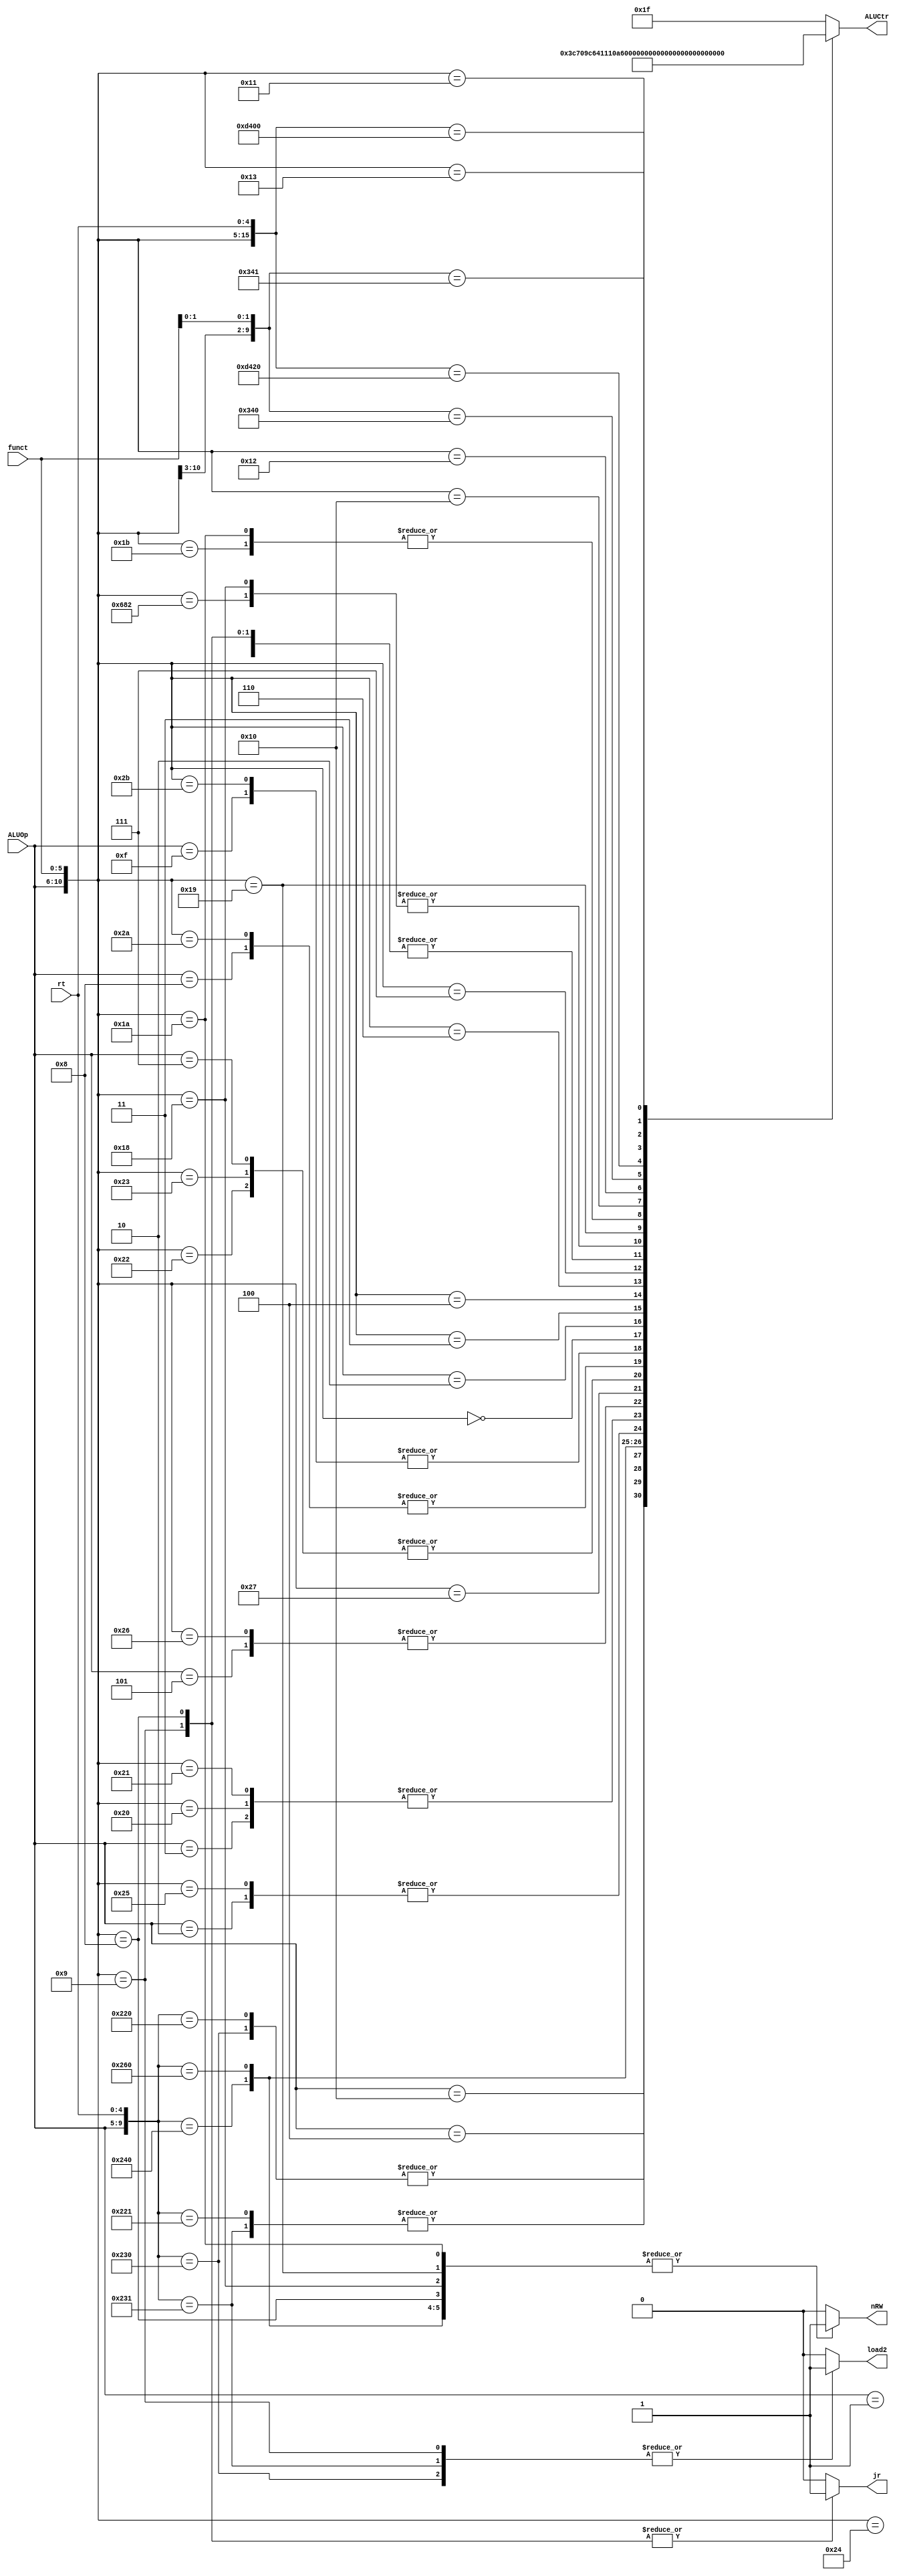

`timescale 1ns / 1ps
module aluctr(
input [4:0] ALUOp, 
input [5:0] funct, 
input [4:0] rt,
output reg [4:0]  ALUCtr,
output reg  jr,load2, nRW
);
    initial begin
        ALUCtr = 5'b00000;
        jr = 0;
        load2 = 0;
        nRW = 0;
    end
    always @(ALUOp or funct or rt) begin//  
        casex({ALUOp, funct, rt}) // 
            //I 12

                16'b00011xxxxxxxxxxx: begin  ALUCtr = 5'b00010; jr = 0; load2 = 0; nRW = 0; end// lw,sw,addi,addiu
                16'b00001xxxxxxxxxxx: begin  ALUCtr = 5'b00000; jr = 0; load2 = 0; nRW = 0; end// andi
                16'b00010xxxxxxxxxxx: begin  ALUCtr = 5'b00001; jr = 0; load2 = 0; nRW = 0; end// ori
                16'b00101xxxxxxxxxxx: begin  ALUCtr = 5'b00100; jr = 0; load2 = 0; nRW = 0; end// xori

                16'b10000xxxxxxxxxxx: begin  ALUCtr = 5'b01111; jr = 0; load2 = 0; nRW = 0; end// lui

                16'b00111xxxxxxxxxxx: begin  ALUCtr = 5'b00110; jr = 0; load2 = 0; nRW = 1; end// beq
                16'b00100xxxxxxxxxxx: begin  ALUCtr = 5'b00011; jr = 0; load2 = 0; nRW = 1; end// bne

                16'b01000xxxxxxxxxxx: begin  ALUCtr = 5'b00111; jr = 0; load2 = 0; nRW = 0; end// slti
                16'b01111xxxxxxxxxxx: begin  ALUCtr = 5'b01110; jr = 0; load2 = 0; nRW = 0; end// sltiu
            //
                16'b10001xxxxxx00000: begin  ALUCtr = 5'b10000; jr = 0; load2 = 0; nRW = 1; end// bltz
                16'b10001xxxxxx10000: begin  ALUCtr = 5'b10000; jr = 0; load2 = 1; nRW = 0; end// bltzal
                16'b10001xxxxxx00001: begin  ALUCtr = 5'b10011; jr = 0; load2 = 0; nRW = 1; end// bgez
                16'b10001xxxxxx10001: begin  ALUCtr = 5'b10011; jr = 0; load2 = 1; nRW = 0; end// bgezal

                16'b10010xxxxxx00000: begin  ALUCtr = 5'b10001; jr = 0; load2 = 0; nRW = 1; end// blez
                16'b10011xxxxxx00000: begin  ALUCtr = 5'b10010; jr = 0; load2 = 0; nRW = 1; end// bgtz


            //R jr16

                16'b00000100100xxxxx: begin  ALUCtr = 5'b00000; jr = 0; load2 = 0; nRW = 0; end// and 
                16'b00000100101xxxxx: begin  ALUCtr = 5'b00001; jr = 0; load2 = 0; nRW = 0; end// or 
                16'b00000100000xxxxx: begin  ALUCtr = 5'b00010; jr = 0; load2 = 0; nRW = 0; end// add 
                16'b00000100001xxxxx: begin  ALUCtr = 5'b00010; jr = 0; load2 = 0; nRW = 0; end// addu 
                16'b00000100110xxxxx: begin  ALUCtr = 5'b00100; jr = 0; load2 = 0; nRW = 0; end// xor  
                16'b00000100111xxxxx: begin  ALUCtr = 5'b00101; jr = 0; load2 = 0; nRW = 0; end// nor
                16'b00000100010xxxxx: begin  ALUCtr = 5'b00110; jr = 0; load2 = 0; nRW = 0; end// sub 
                16'b00000100011xxxxx: begin  ALUCtr = 5'b00110; jr = 0; load2 = 0; nRW = 0; end// subu

                16'b00000101010xxxxx: begin  ALUCtr = 5'b00111; jr = 0; load2 = 0; nRW = 0; end// slt
                16'b00000101011xxxxx: begin  ALUCtr = 5'b01110; jr = 0; load2 = 0; nRW = 0; end// sltu  

                16'b00000000000xxxxx: begin  ALUCtr = 5'b01000; jr = 0; load2 = 0; nRW = 0; end//sll   
                16'b00000000010xxxxx: begin  ALUCtr = 5'b01001; jr = 0; load2 = 0; nRW = 0; end//srl
                16'b00000000011xxxxx: begin  ALUCtr = 5'b01010; jr = 0; load2 = 0; nRW = 0; end//sra
                16'b00000000100xxxxx: begin  ALUCtr = 5'b01011; jr = 0; load2 = 0; nRW = 0; end//sllv
                16'b00000000110xxxxx: begin  ALUCtr = 5'b01100; jr = 0; load2 = 0; nRW = 0; end//srlv
                16'b00000000111xxxxx: begin  ALUCtr = 5'b01101; jr = 0; load2 = 0; nRW = 0; end//srav
            //
                16'b00000001000xxxxx: begin  ALUCtr = 5'b00000; jr = 1; load2 = 0; nRW = 1; end //jr           
                16'b00000001001xxxxx: begin  ALUCtr = 5'b00000; jr = 1; load2 = 1; nRW = 0;end //jalr
            //
                16'b11010000010xxxxx: begin  ALUCtr = 5'b10100; jr = 0; load2 = 0; nRW = 0; end//mul
                16'b00000011000xxxxx: begin  ALUCtr = 5'b10100; jr = 0; load2 = 0; nRW = 1; end//mult
                16'b00000011001xxxxx: begin  ALUCtr = 5'b10101; jr = 0; load2 = 0; nRW = 1; end//multu
                16'b00000011010xxxxx: begin  ALUCtr = 5'b10110; jr = 0; load2 = 0; nRW = 1; end//div
                16'b00000011011xxxxx: begin  ALUCtr = 5'b10110; jr = 0; load2 = 0; nRW = 1; end//divu
                16'b00000010000xxxxx: begin  ALUCtr = 5'b10111; jr = 0; load2 = 0; nRW = 0; end//mfhi
                16'b00000010010xxxxx: begin  ALUCtr = 5'b11000; jr = 0; load2 = 0; nRW = 0; end//mflo
                16'b11010000x00xxxxx: begin  ALUCtr = 5'b11001; jr = 0; load2 = 0; nRW = 1; end//madd msub
                16'b1101010000100000: begin  ALUCtr = 5'b11010; jr = 0; load2 = 0; nRW = 0; end//clo
                16'b1101010000000000: begin  ALUCtr = 5'b11011; jr = 0; load2 = 0; nRW = 0; end//clz
                16'b00000010001xxxxx: begin  ALUCtr = 5'b11100; jr = 0; load2 = 0; nRW = 1; end//mthi
                16'b00000010011xxxxx: begin  ALUCtr = 5'b11101; jr = 0; load2 = 0; nRW = 1; end//mtlo
                16'b11010000x01xxxxx: begin  ALUCtr = 5'b11110; jr = 0; load2 = 0; nRW = 1; end//maddu msubu
                

                default: begin  ALUCtr = 5'b11111; jr = 0; load2 = 0; nRW = 0; end
        endcase
    end
endmodule